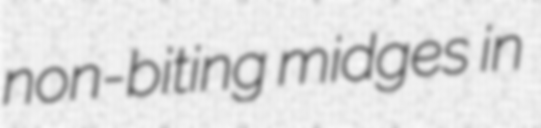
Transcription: non-biting midges in